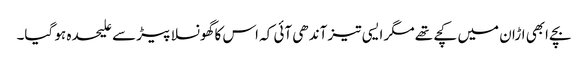
بچے ابھی اڑان میں کچے تھے مگر ایسی تیز آندھی آئی کہ اس کا گھونسلا پیڑ سے علیحدہ ہو گیا۔